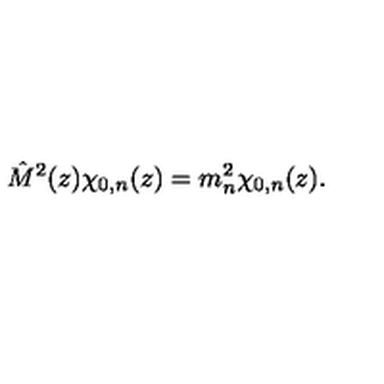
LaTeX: \hat { M } ^ { 2 } ( z ) \chi _ { 0 , n } ( z ) = m _ { n } ^ { 2 } \chi _ { 0 , n } ( z ) .